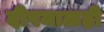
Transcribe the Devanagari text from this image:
दीपमाळही